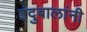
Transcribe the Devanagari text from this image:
इंदुबालांनी